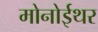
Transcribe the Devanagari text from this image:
मोनोईथर